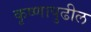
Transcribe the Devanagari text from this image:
कृष्णापुढील